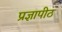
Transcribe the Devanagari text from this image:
प्रज्ञापीठ